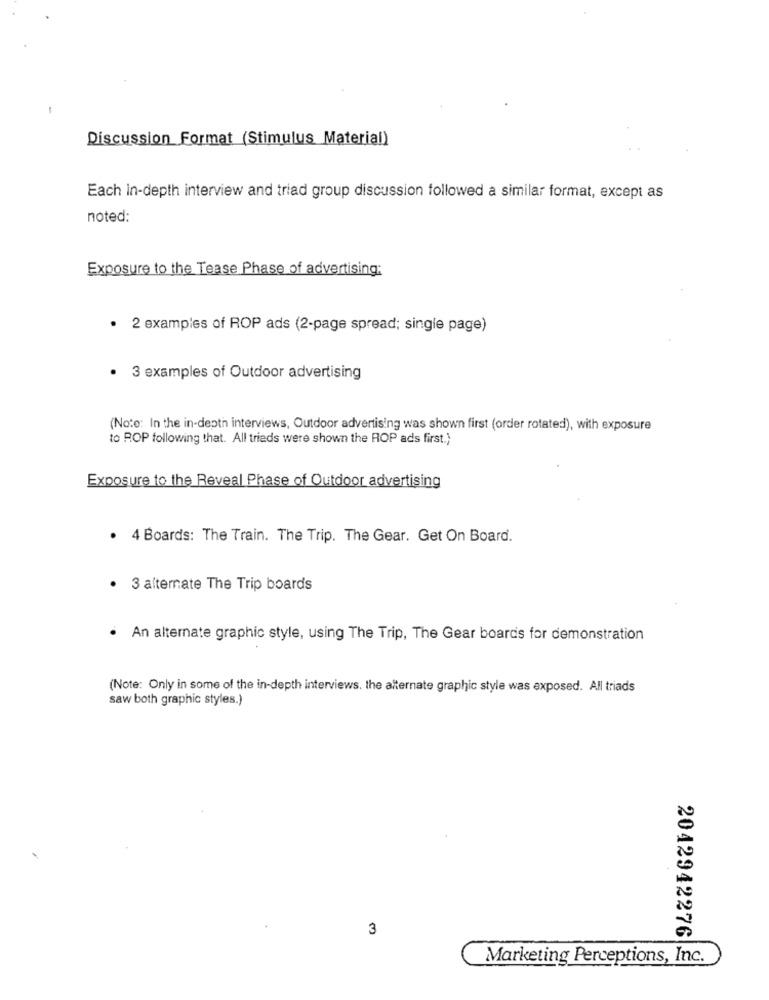
Discussion Format (Stimulus Material)
Each in-depth interview and triad group discussion followed a similar format, except as
noted:
Exposure to the Tease Phase of advertising:
· 2 examples of ROP ads (2-page spread; single page)
3 examples of Outdoor advertising
(Note: In the in-depth interviews, Outdoor advertising was shown first (order rotated), with exposure
to ROP following that. All trieds were shown the ROP ads first.)
Exposure to the Reveal Phase of Outdoor advertising
4 Boards: The Train. The Trip. The Gear. Get On Board.
3 alternate The Trip boards
.
An alternate graphic style, using The Trip, The Gear boards for demonstration
(Note: Only in some of the in-depth interviews, the alternate graphic style was exposed. All triads
saw both graphic styles.)
3
2042942276
Marketing Perceptions, Inc.